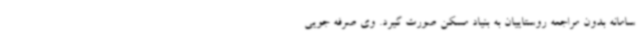
سامانه بدون مراجعه روستاییان به بنیاد مسکن صورت گیرد. وی صرفه جویی